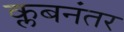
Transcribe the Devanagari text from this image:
क्लबनंतर